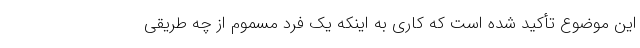
این موضوع تأکید شده است که کاری به اینکه یک فرد مسموم از چه طریقی